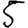
Digit: 5